Civil Veterinary Dept. Assam report 1927-50 - 1927-1950
Year: 1927
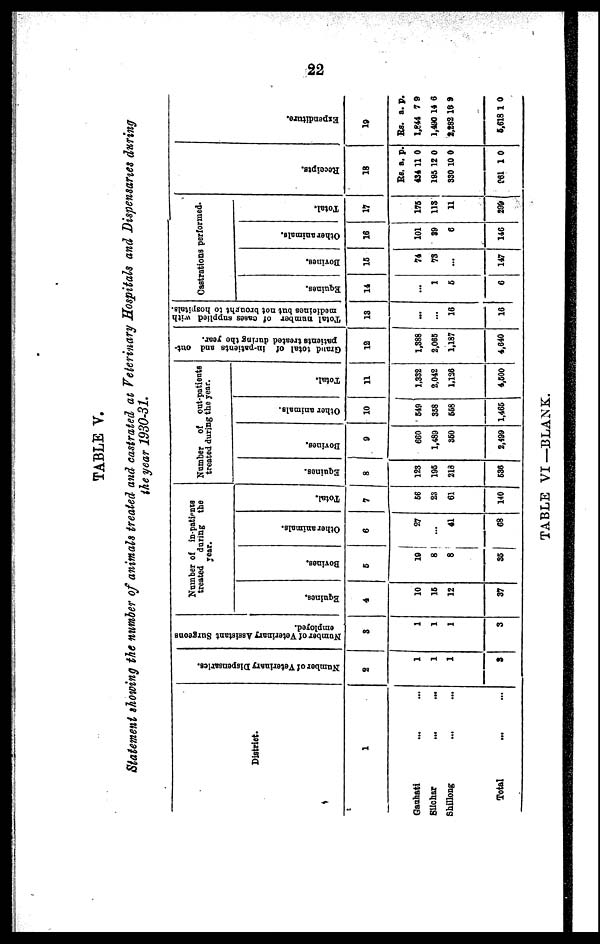
22
TABLE V.
Statement showing the number of animals treated and castrated at Veterinary Hospitals and Dispensaries during
the year 1930-31.
District.
1
Gauhati ... ...
Silchar
... ...
Shillong ... ...
Total ... ...
Number of Veterinary Dispensaries.
2
1
1
1
8
Number of Veterinary Assistant Surgeons
employed.
3
1
1
1
3
Number of in-patients
treated
during the
year.
Equines.
4
10
16
12
37
Bovines.
6
19
8
8
35
Other animals.
6
27
...
41
68
Total.
7
66
23
61
140
Number of out-patients
treated during the year.
Equines.
8
123
195
218
636
Bovines.
9
660
1,489
360
2,499
Other animals.
10
649
358
668
1,465
Total.
11
1,382
2,042
1,136
4,500
Grand total of in-patients and out-
patients treated during the year.
12
1,388
2,065
1,187
4,640
Total number of cases supplied with
medicines but not brought to hospitals.
13
...
...
16
16
Castrations performed.
Equines.
14
...
1
5
6
Bovines.
15
74
73
...
147
Other animals.
16
101
39
6
146
Total,
17
175
113
11
299
Recei pt s .
18
Rs. a. p.
434 11 0
195 12 0
330 10 0
961 1 0
Expe ndi t
ur e .
19
Rs. a. p.
1,844 7 9
1,490 14 6
2,282 16 9
6,618 1 0
TABLE VI—BLANK.